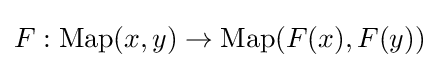
F:\operatorname {Map} (x,y)\to \operatorname {Map} (F(x),F(y))